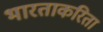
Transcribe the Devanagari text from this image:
भारताकरिता